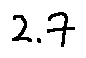
2 . 7